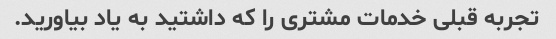
تجربه قبلی خدمات مشتری را که داشتید به یاد بیاورید.